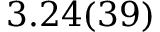
3 . 2 4 ( 3 9 )